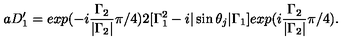
a D _ { 1 } ^ { \prime } = e x p ( - i \frac { { \Gamma } _ { 2 } } { | { \Gamma } _ { 2 } | } { \pi } / 4 ) 2 [ { \Gamma } _ { 1 } ^ { 2 } - i | \sin { \theta } _ { j } | { \Gamma } _ { 1 } ] e x p ( i \frac { { \Gamma } _ { 2 } } { | { \Gamma } _ { 2 } | } { \pi } / 4 ) .